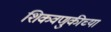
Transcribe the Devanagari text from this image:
शिकवणुकीच्‍या